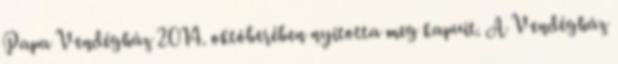
Papa Vendégház 2014. októberében nyitotta meg kapuit. A Vendégház